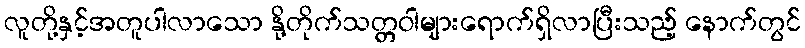
လူတို့နှင့်အတူပါလာသော နို့တိုက်သတ္တဝါများရောက်ရှိလာပြီးသည့် နောက်တွင်